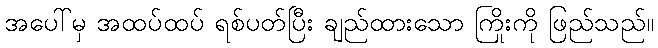
အပေါ်မှ အထပ်ထပ် ရစ်ပတ်ပြီး ချည်ထားသော ကြိုးကို ဖြည်သည်။